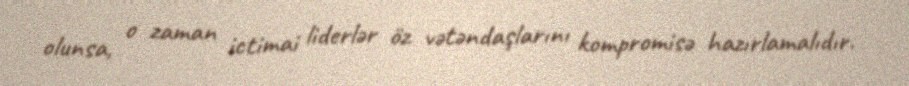
olunsa, o zaman ictimai liderlər öz vətəndaşlarını kompromisə hazırlamalıdır.